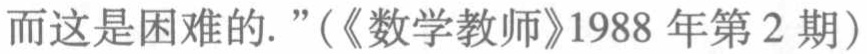
而这是困难的.”（《数学教师》1988 年第 2 期）